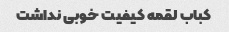
کباب لقمه کیفیت خوبی نداشت